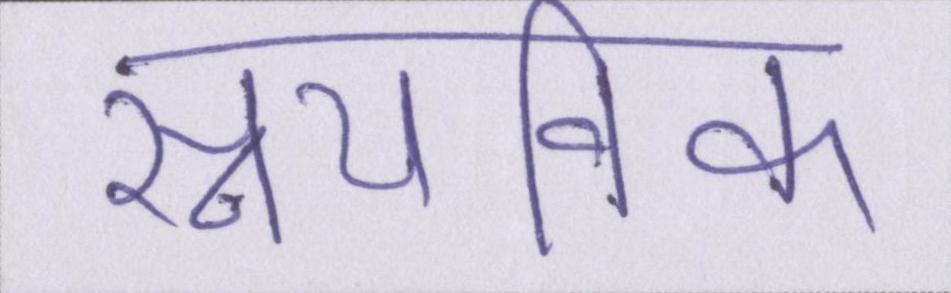
स्नायविक